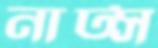
নাট্স